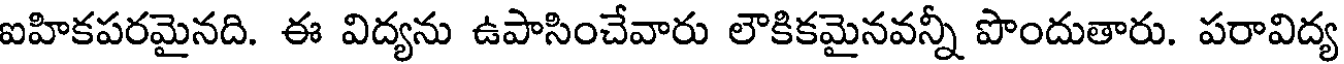
ఐహికపరమైనది. ఈ విద్యను ఉపాసించేవారు లౌకికమైనవన్నీ పొందుతారు. పరావిద్య